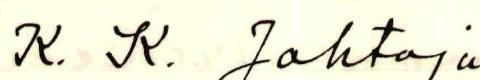
K. K. Johtaja